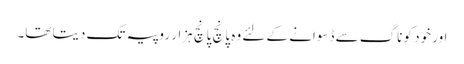
اور خود کو ناگ سے ڈسوانے کے لئے وہ پانچ پانچ ہزار روپیہ تک دیتا تھا۔